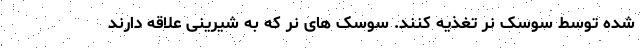
شده توسط سوسک نر تغذیه کنند. سوسک های نر که به شیرینی علاقه دارند